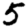
Digit: 5